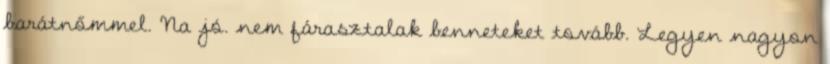
barátnőmmel. Na jó. nem fárasztalak benneteket tovább. Legyen nagyon